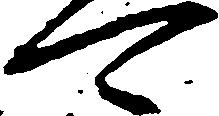
可